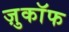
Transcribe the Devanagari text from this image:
ज़ुकाॅफ